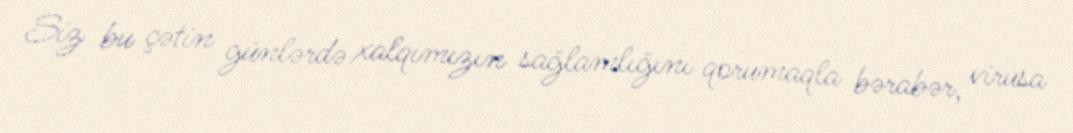
Siz bu çətin günlərdə xalqımızın sağlamlığını qorumaqla bərabər, virusa